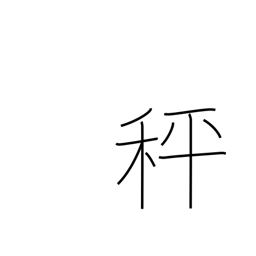
Meaning: balances